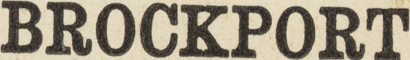
BROCKPORT